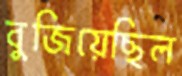
বুজিয়েছিল